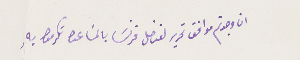
ان وجدتم موافق تحرير لقنصل فرنسَا بالمسَاعدة تكرموا بهِ